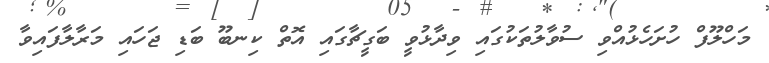
މަހްލޫފް ހުށަހެޅުއްވި ސުވާލުތަކުގައި ވިދާޅުވީ ބަގީޗާގައި އޮތް ކިނބޫ ބަޑި ޖަހައި މަރާލާފައިވާ